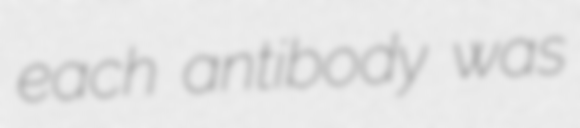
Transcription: each antibody was